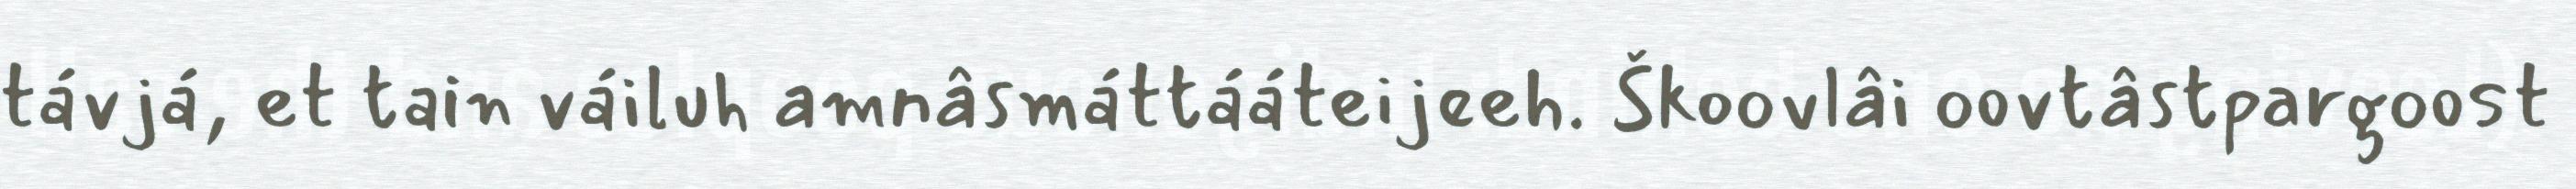
távjá, et tain váiluh amnâsmáttááteijeeh. Škoovlâi oovtâstpargoost